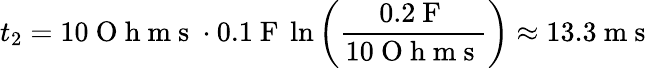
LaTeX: t_{2}=10\mathrm{~O~h~m~s~}\cdot 0.1\mathrm{~F~}\ln{\left(\frac{0.2\mathrm{~F~}}{10\mathrm{~O~h~m~s~}}\right)}\approx 13.3\mathrm{~m~s~}